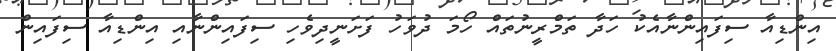
އިންޑިއާ ސިފައިންނާއެކު ހަދާ ތަމްރީނުތައް ހޯމަ ދުވަހު ފަށަނީދިވެހި ސިފައިންނާއި އިންޑިއާ ސިފައިން